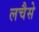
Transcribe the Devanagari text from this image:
लचैसे